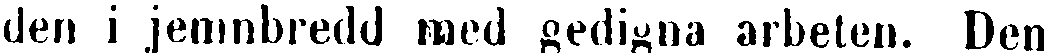
den i jemnbredd med gedigna arbeten. Den